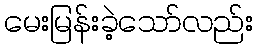
မေးမြန်းခဲ့သော်လည်း